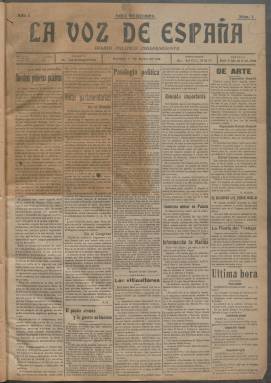
Título: La Voz de España (Madrid)
Colección: Periódicos
Ámbito geográfico: Madrid
Lugar de publicación: Madrid
Fechas: 01/05/1918-31/08/1918